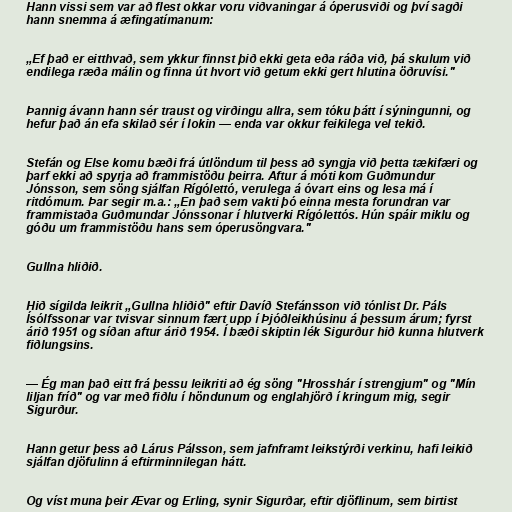
Hann vissi sem var að flest okkar voru viðvaningar á óperusviði og því sagði
hann snemma á æfingatímanum:

„Ef það er eitthvað, sem ykkur finnst þið ekki geta eða ráða við, þá skulum við
endilega ræða málin og finna út hvort við getum ekki gert hlutina öðruvísi."

Þannig ávann hann sér traust og virðingu allra, sem tóku þátt í sýningunni, og
hefur það án efa skilað sér í lokin — enda var okkur feikilega vel tekið.

Stefán og Else komu bæði frá útlöndum til þess að syngja við þetta tækifæri og
þarf ekki að spyrja að frammistöðu þeirra. Aftur á móti kom Guðmundur
Jónsson, sem söng sjálfan Rígólettó, verulega á óvart eins og lesa má í
ritdómum. Þar segir m.a.: „En það sem vakti þó einna mesta forundran var
frammistaða Guðmundar Jónssonar í hlutverki Rígólettós. Hún spáir miklu og
góðu um frammistöðu hans sem óperusöngvara."

Gullna hliðið.

Hið sígilda leikrit „Gullna hliðið" eftir Davíð Stefánsson við tónlist Dr. Páls
Ísólfssonar var tvisvar sinnum fært upp í Þjóðleikhúsinu á þessum árum; fyrst
árið 1951 og síðan aftur árið 1954. Í bæði skiptin lék Sigurður hið kunna hlutverk
fiðlungsins.

— Ég man það eitt frá þessu leikriti að ég söng "Hrosshár í strengjum" og "Mín
liljan fríð" og var með fiðlu í höndunum og englahjörð í kringum mig, segir
Sigurður.

Hann getur þess að Lárus Pálsson, sem jafnframt leikstýrði verkinu, hafi leikið
sjálfan djöfulinn á eftirminnilegan hátt.

Og víst muna þeir Ævar og Erling, synir Sigurðar, eftir djöflinum, sem birtist